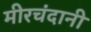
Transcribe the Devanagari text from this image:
मीरचंदानी